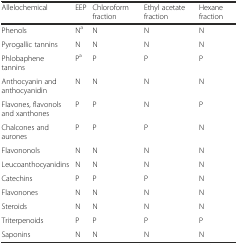
| Allelochemical | EEP | Chloroform fraction | Ethyl acetate fraction | Hexane fraction |
 | --- | --- | --- | --- | --- |
 | Phenols | Na | N | N | N |
 | Pyrogallic tannins | N | N | N | N |
 | Phlobaphene tannins | Pa | P | P | P |
 | Anthocyanin and anthocyanidin | N | N | N | N |
 | Flavones, flavonols and xanthones | P | P | N | P |
 | Chalcones and aurones | P | P | P | N |
 | Flavononols | N | N | N | N |
 | Leucoanthocyanidins | N | N | N | N |
 | Catechins | P | P | P | N |
 | Flavonones | N | N | N | N |
 | Steroids | N | N | N | N |
 | Triterpenoids | P | P | P | P |
 | Saponins | N | N | N | N |